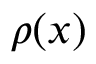
\rho ( { \boldsymbol { x } } )